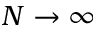
N \rightarrow \infty